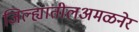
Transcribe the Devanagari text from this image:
जिल्ह्यातीलअमळनेर